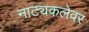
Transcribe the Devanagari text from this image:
नाट्यकलेवर